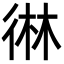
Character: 㣩